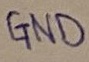
Text: GND